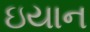
ઇયાન